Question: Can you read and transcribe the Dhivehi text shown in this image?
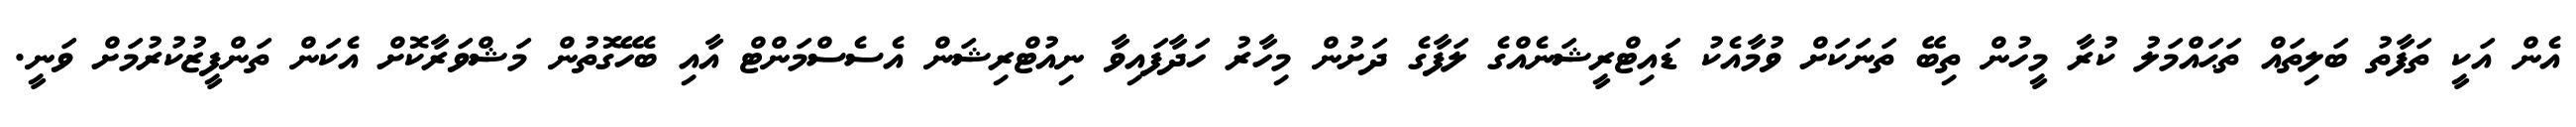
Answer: އެން އަކީ ތަފާތު ބަލިތައް ތަޙައްމަލު ކުރާ މީހުން ތިބޭ ތަނަކަށް ވުމާއެކު ޑައިޓްރީޝަނެއްގެ ލަފާގެ ދަށުން މިހާރު ހަދާފައިވާ ނިއުޓްރިޝަން އެސެސްމަންޓް އާއި ބެހޭގޮތުން މަޝްވަރާކޮށް އެކަން ތަންފީޒުކުރުމަށް ވަނީ.